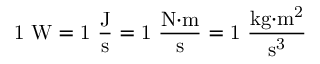
\mathrm { 1 ~ W = 1 ~ { \frac { J } { s } } = 1 ~ { \frac { N { \cdot } m } { s } } = 1 ~ { \frac { k g { \cdot } m ^ { 2 } } { s ^ { 3 } } } }